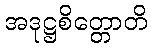
အဒုဋ္ဌစိတ္တောတိ